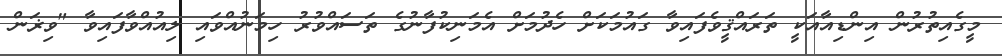
މީގެއިތުރުން އިންޑިއާއަކީ ތަރައްޤީވެފައިވާ ގައުމަކަށް ހެދުމަށް އެމަނިކުފާނުގެ ތަސައްވުރު ހިމަނުއްވައި ލިއުއްވާފައިވާ "ވިޜަން